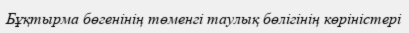
Бұқтырма бөгенінің төменгі таулық бөлігінің көріністері